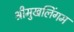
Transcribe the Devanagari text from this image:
श्रीमुखलिंगम